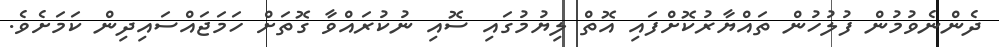
ދެންނެވުމުން ފުލުހުން ތައްޔާރުކޮށްފައި އޮތް ލިޔުމުގައި ސޮއި ނުކުރައްވާ ގޮތަށް ހަމަޖައްސައިދިން ކަަމަށެވެ.